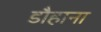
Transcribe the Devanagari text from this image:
डौहाना